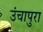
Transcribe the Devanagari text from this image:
उंचापुरा